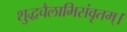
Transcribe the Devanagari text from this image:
शुद्धचैलाभिसंवृतम्।